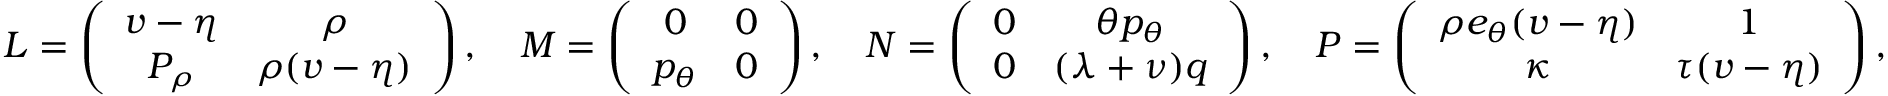
\begin{array} { r } { L = \left( \begin{array} { c c } { v - \eta } & { \rho } \\ { P _ { \rho } } & { \rho ( v - \eta ) } \end{array} \right) , \quad M = \left( \begin{array} { c c } { 0 } & { 0 } \\ { p _ { \theta } } & { 0 } \end{array} \right) , \quad N = \left( \begin{array} { c c } { 0 } & { \theta p _ { \theta } } \\ { 0 } & { ( \lambda + \nu ) q } \end{array} \right) , \quad P = \left( \begin{array} { c c } { \rho e _ { \theta } ( v - \eta ) } & { 1 } \\ { \kappa } & { \tau ( v - \eta ) } \end{array} \right) , } \end{array}